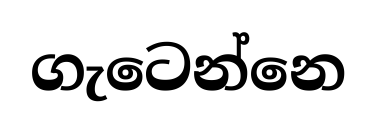
ගැටෙන්නෙ